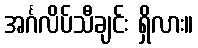
အင်္ဂလိပ်သီချင်း ရှိလား။